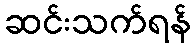
ဆင်းသက်ရန်